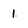
Character: 1